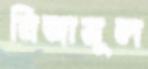
নিজামূল